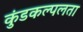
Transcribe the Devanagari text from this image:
कुंडकल्पलता